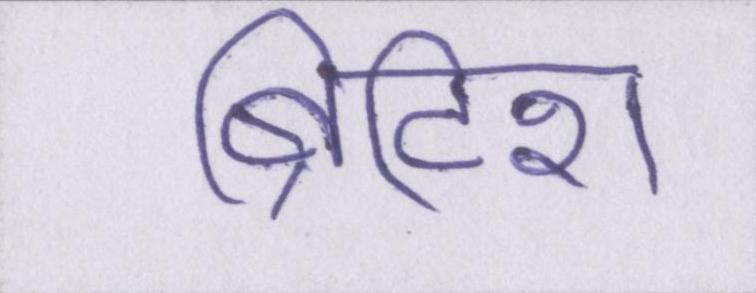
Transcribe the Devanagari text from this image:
ब्रिटिश